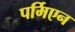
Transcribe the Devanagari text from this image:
पर्मिएन